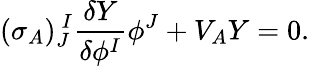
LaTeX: (\sigma_{A})_{J}^{~~\! I}\frac{\delta Y}{\delta\phi^{I}}\phi^{J}+V_{A}Y=0.